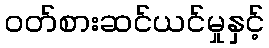
ဝတ်စားဆင်ယင်မှုနှင့်